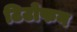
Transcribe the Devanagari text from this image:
टिटोफन